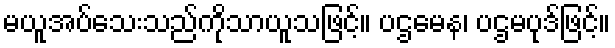
မယူအပ်သေးသည်ကိုသာယူသဖြင့်။ ပဌမေန၊ ပဌမပုဒ်ဖြင့်။